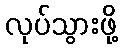
လုပ်သွားဖို့